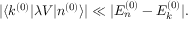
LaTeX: | \langle k ^ { ( 0 ) } | \lambda V | n ^ { ( 0 ) } \rangle | \ll | E _ { n } ^ { ( 0 ) } - E _ { k } ^ { ( 0 ) } | .